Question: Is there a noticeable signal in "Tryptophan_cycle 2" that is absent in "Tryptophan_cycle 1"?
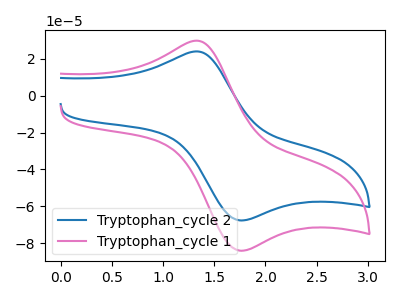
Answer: <think>The blue curve "Tryptophan_cycle 2" has an anodic peak at (1.35V, 24.00uA) and a cathodic peak at (1.75V, -67.75uA). The pink curve "Tryptophan_cycle 1" has an anodic peak at (1.35V, 29.80uA) and a cathodic peak at (1.75V, -84.15uA).
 All the peaks in "Tryptophan_cycle 2" have a peak in "Tryptophan_cycle 1" at the same potential. Every peak in "Tryptophan_cycle 2" is lower than every peak in "Tryptophan_cycle 1".</think>
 <answer>No, "Tryptophan_cycle 2" and "Tryptophan_cycle 1" don't appear to be significantly different in shape</answer>
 <eval>no_change</eval>